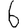
Digit: 6